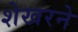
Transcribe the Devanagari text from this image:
शेखरने